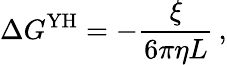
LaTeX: \Delta G^{\mathrm{YH}}=-\frac{\xi}{6\pi\eta L}\, ,